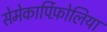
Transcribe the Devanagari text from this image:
सेमेकार्पिफ़ोलिया